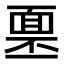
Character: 𩈓